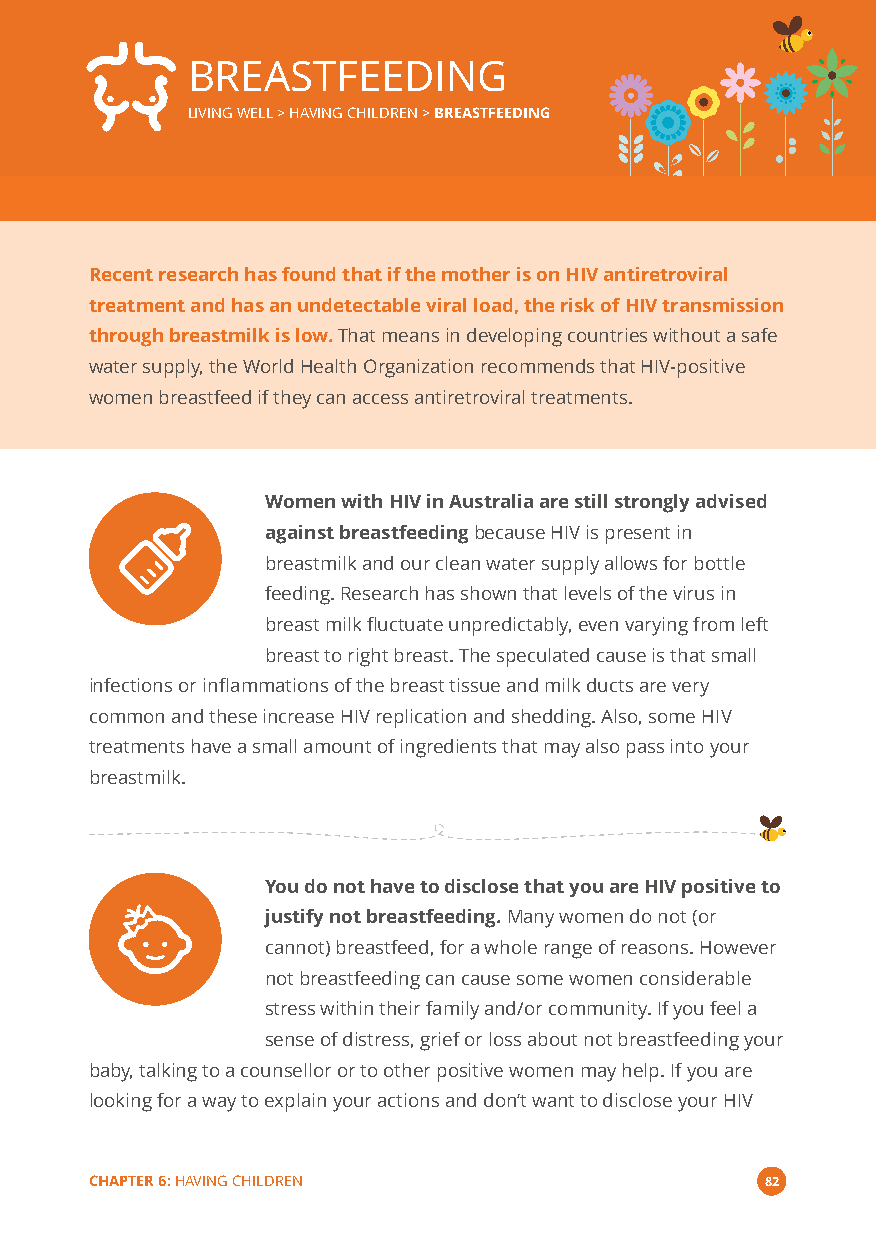
BREASTFEEDING
 LIVING WELL > HAVING CHILDREN >BREASTFEEDING
 Recent research has found that if the mother is on HIV antiretroviral
 treatment and has an undetectable viral load, the risk of HIV transmission
 through breastmilk is low.That means in developing countries without a safe
 water supply, the World Health Organization recommends that HIV-positive
 women breastfeed if they can access antiretroviral treatments.
 Women with HIV in Australia are still strongly advised
 against breastfeedingbecause HIV is present in
 breastmilk and our clean water supply allows for bottle
 feeding. Research has shown that levels of the virus in
 breast milk fluctuate unpredictably, even varying from left
 breast to right breast. The speculated cause is that small
 infections or inflammations of the breast tissue and milk ducts are very
 common and these increase HIV replication and shedding. Also, some HIV
 treatments have a small amount of ingredients that may also pass into your
 breastmilk.
 You do not have to disclose that you are HIV positive to
 justify not breastfeeding.Many women do not (or
 cannot) breastfeed, for a whole range of reasons. However
 not breastfeeding can cause some women considerable
 stress within their family and/or community. If you feel a
 sense of distress, grief or loss about not breastfeeding your
 baby, talking to a counsellor or to other positive women may help. If you are
 looking for a way to explain your actions and don’t want to disclose your HIV
 CHAPTER 6:HAVING CHILDREN                    82